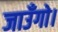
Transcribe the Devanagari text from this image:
जाउँगो।